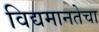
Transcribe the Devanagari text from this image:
विद्यमानतेचा